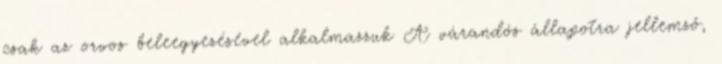
csak az orvos beleegyezésével alkalmazzuk A várandós állapotra jellemző,